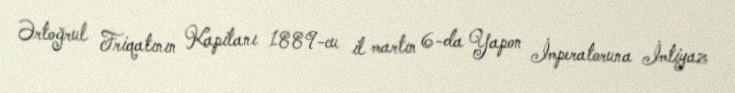
Ərtoğrul Friqatının Kapitanı 1889-cu il martın 6-da Yapon İmperatoruna İmtiyaz